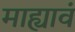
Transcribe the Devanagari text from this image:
माह्यावं